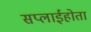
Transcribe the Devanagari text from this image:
सप्लाईहोता